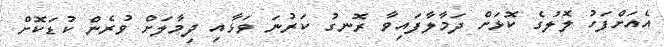
އެއަށްފަހު ލޮލުގެ ކޮޅަށް ދަމާލާފައިވާ ރޮނގު ކަރުނަ ވަޅާއި ދިމާލަށް ވުރެން ކުޑަކޮށް